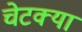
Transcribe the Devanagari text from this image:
चेटक्या